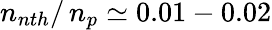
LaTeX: n_{nth}/\, n_{p}\simeq 0.01-0.02